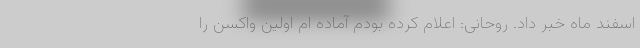
اسفند ماه خبر داد. روحانی: اعلام کرده بودم آماده ام اولین واکسن را